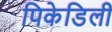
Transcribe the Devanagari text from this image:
पिकेडिली